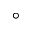
\circ